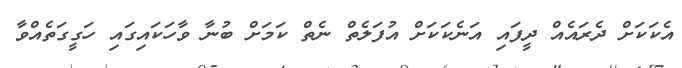
އެކަކަށް ދެރައެއް ދީފައި އަނެކަކަށް އުފަލެތް ނެތް ކަމަށް ބުނާ ވާހަކައިގައި ހަގީގަތެއްވާ